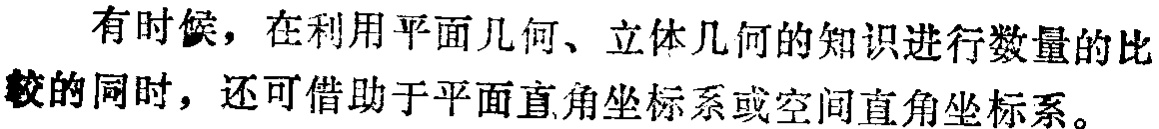
有时候，在利用平面几何、立体几何的知识进行数量的比较的同时，还可借助于平面直角坐标系或空间直角坐标系。